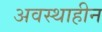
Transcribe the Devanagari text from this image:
अवस्थाहीन